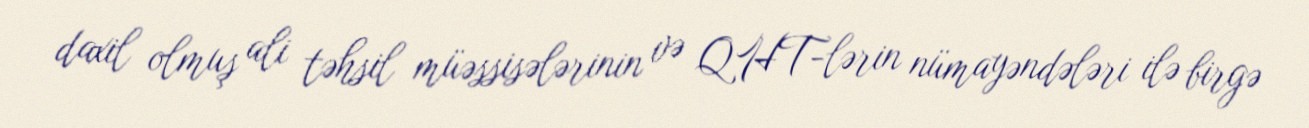
daxil olmuş ali təhsil müəssisələrinin və QHT-lərin nümayəndələri ilə birgə